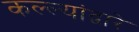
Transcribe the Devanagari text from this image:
कल्ल्यांद्वारे